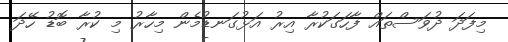
މިފަދަ ދުވަސްތައް ފާހަގަކުރާ އިރު އަޅުގަނޑުމެން މިހާރު މި ކުރާ ބޮޑު ހޭދަ